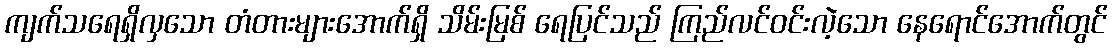
ကျက်သရေရှိလှသော တံတားများအောက်ရှိ သိမ်းမြစ် ရေပြင်သည် ကြည်လင်ဝင်းလဲ့သော နေရောင်အောက်တွင်